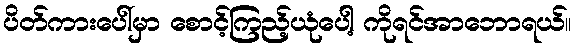
ပိတ်ကားပေါ်မှာ စောင့်ကြည့်ယုံပေါ့ ကိုရင်အာဘောရယ်။